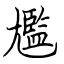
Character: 尷